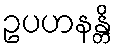
ဥပဟနန္တိ